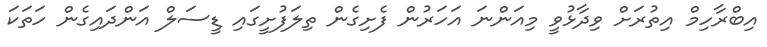
އިބްރާހިމް އިތުރަށް ވިދާޅުވީ މިއަންނަ އަހަރުން ފެށިގެން ތިލަފުށީގައި ޑީސަލް އަންދައިގެން ހަތަކަ